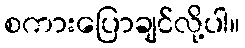
စကားပြောချင်လို့ပါ။